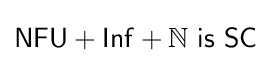
{\mathsf {NFU+Inf}}+\mathbb {N} {\mathsf {\ is\ SC}}